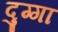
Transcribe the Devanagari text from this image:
दुग्गा